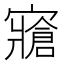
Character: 𱚚